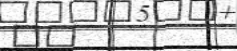
٧٢